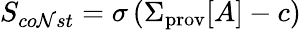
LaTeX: S_{co\mathcal{N}st}=\sigma\left(\Sigma_{\mathrm{{prov}}}[A]-c\right)